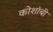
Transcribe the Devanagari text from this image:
कोशांबी